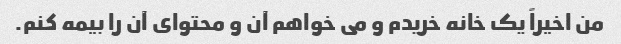
من اخیراً یک خانه خریدم و می خواهم آن و محتوای آن را بیمه کنم.